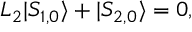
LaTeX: L _ { 2 } | S _ { 1 , 0 } \rangle + | S _ { 2 , 0 } \rangle = 0 ,